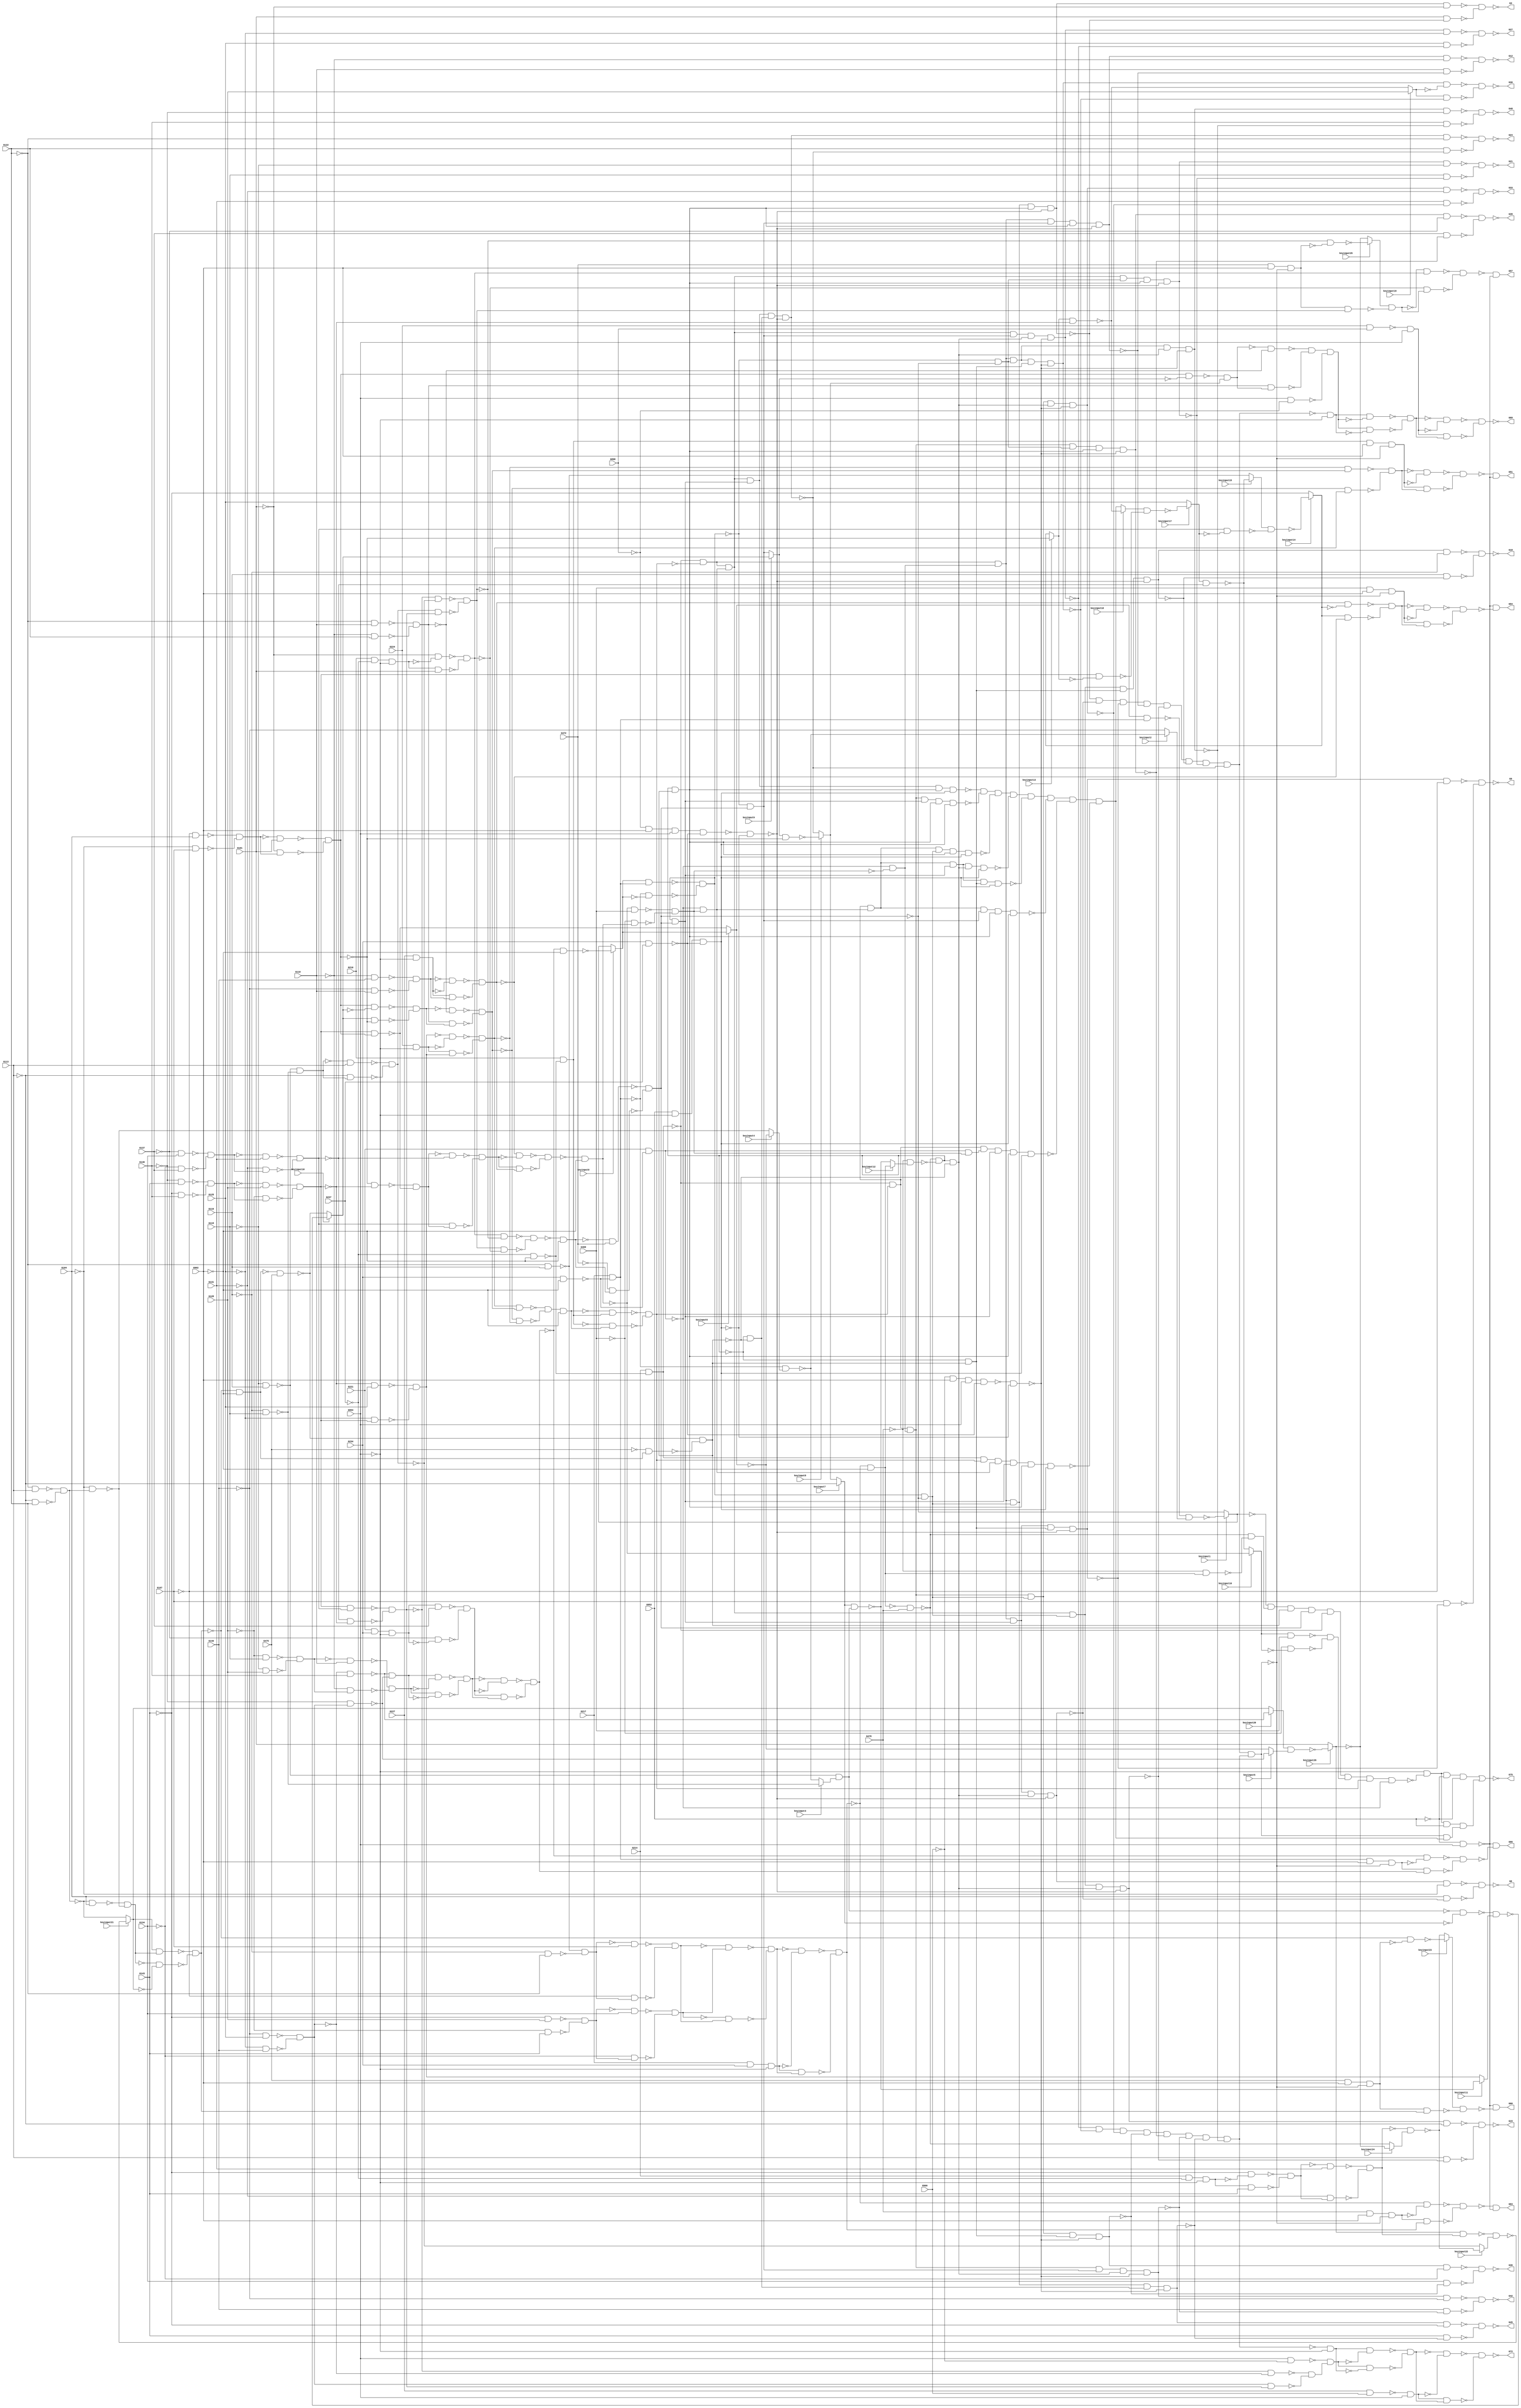

// Verilog File 
module top (G101,G104,G107,G110,G113,G116,G119,G122,G125,
G128,G131,G134,G137,G140,G143,G146,G210,G214,G217,
G221,G224,G227,G234,G237,G469,G472,G475,G478,G898,
G900,G902,G952,G953,G3,G6,G9,G12,G30,G45,
G48,G15,G18,G21,G24,G27,G33,G36,G39,G42,
G75,G51,G54,G60,G63,G66,G69,G72,G57,keyinput0,
keyinput1,keyinput2,keyinput3,keyinput4,keyinput5,keyinput6,keyinput7,keyinput8,keyinput9,keyinput10,
keyinput11,keyinput12,keyinput13,keyinput14,keyinput15,keyinput16,keyinput17,keyinput18,keyinput19,keyinput20,
keyinput21,keyinput22,keyinput23,keyinput24,keyinput25,keyinput26);

input G101,G104,G107,G110,G113,G116,G119,G122,G125,
G128,G131,G134,G137,G140,G143,G146,G210,G214,G217,
G221,G224,G227,G234,G237,G469,G472,G475,G478,G898,
G900,G902,G952,G953,keyinput0,keyinput1,keyinput2,keyinput3,keyinput4,keyinput5,
keyinput6,keyinput7,keyinput8,keyinput9,keyinput10,keyinput11,keyinput12,keyinput13,keyinput14,keyinput15,
keyinput16,keyinput17,keyinput18,keyinput19,keyinput20,keyinput21,keyinput22,keyinput23,keyinput24,keyinput25,
keyinput26;

output G3,G6,G9,G12,G30,G45,G48,G15,G18,
G21,G24,G27,G33,G36,G39,G42,G75,G51,G54,
G60,G63,G66,G69,G72,G57;

wire G149,G153,G156,G160,G165,G168,G171,G175,G179,
G184,G188,G191,G194,G198,G202,G206,G231,G233,G241,
G244,G245,G248,G517,G529,G541,G553,G859,G862,G907,
G909,G911,G918,G919,G922,G926,G930,G932,G934,G938,
G943,G947,G949,G1506,G1514,G1522,G1530,G1538,G1546,G1554,
G1562,G1570,G1578,G1586,G1594,G1602,G1610,G1618,G1626,G1512,
G1520,G1528,G1536,G1544,G1552,G1560,G1568,G1576,G1584,G1592,
G1600,G1608,G1616,G1624,G1632,G50,G52,G56,G58,G62,
G64,G251,G254,G288,G291,G299,G302,G318,G321,G327,
G330,G352,G355,G369,G382,G385,G853,G856,G893,G954,
G955,G1050,G1053,G1176,G1179,G1197,G1207,G1222,G1244,G1278,
G1290,G1300,G1312,G1332,G1335,G1442,G1450,G1458,G1466,G1474,
G1482,G1490,G1498,G1634,G1644,G1657,G1665,G1697,G1705,G1713,
G1721,G1745,G1753,G1785,G1793,G1814,G1817,G1830,G1833,G1841,
G1849,G1854,G1857,G1870,G1873,G1878,G1881,G1642,G1652,G1056,
G1057,G1182,G1183,G1211,G1298,G1320,G1338,G1339,G457,G459,
G482,G487,G492,G505,G1456,G1448,G1472,G1464,G1488,G1480,
G1504,G1496,G956,G967,G978,G979,G980,G1661,G990,G1669,
G1030,G1701,G1040,G1709,G1058,G1717,G1068,G1725,G1078,G1090,
G1100,G1749,G1112,G1757,G1154,G1789,G1166,G1797,G1194,G1201,
G1204,G1820,G1821,G1230,G1836,G1837,G1252,G1256,G1845,G1268,
G1853,G1860,G1861,G1286,G1876,G1877,G1308,G1884,G1885,G1654,
G1662,G1694,G1702,G1710,G1718,G1726,G1734,G1742,G1750,G1782,
G1790,G1838,G1846,G297,G298,G361,G362,G404,G405,G1225,
G1226,G1247,G1248,G1281,G1282,G1303,G1304,G1315,G1316,G998,
G988,G268,G1038,G1048,G1076,G1066,G1098,G1120,G1174,G363,
G1210,G373,G1276,G406,G565,G566,G614,G615,G958,G969,
G1660,G984,G1668,G994,G1700,G1034,G1708,G1044,G1716,G1062,
G1724,G1072,G1732,G1086,G1740,G1748,G1104,G1108,G1756,G1116,
G1788,G1158,G1162,G1796,G1170,G1200,G1203,G1227,G1249,G1844,
G1260,G1264,G1852,G1272,G1283,G1305,G1317,G1410,G1418,G1426,
G1434,G269,G372,G983,G993,G1033,G1043,G1061,G1071,G1103,
G1115,G1157,G1169,G1184,G1202,G1259,G1271,G1322,G374,G396,
G1321,G1424,G1416,G1440,G1432,G985,G995,G1035,G1045,G1063,
G1073,G1105,G1117,G1159,G1171,G1212,G1231,G1232,G1253,G1254,
G1261,G1273,G1287,G1288,G1309,G1310,G1192,G397,G1330,G1000,
G1010,G1233,G1255,G1289,G1311,G1381,G257,G999,G260,G989,
G272,G1039,G294,G1049,G305,G1077,G308,G1067,G333,G1121,
G358,G1175,G1220,G388,G1277,G398,G1109,G1110,G1163,G1164,
G1234,G1265,G1266,G1822,G1862,G1865,G258,G261,G273,G1018,
G1008,G295,G306,G309,G334,G359,G389,G1385,G1111,G1165,
G1267,G1886,G259,G262,G274,G296,G307,G310,G335,G360,
G1242,G390,G1828,G1868,G1869,G1373,G1798,G1825,G265,G314,
G336,G407,G1293,G1294,G1892,G1777,G1889,G410,G1377,G1804,
G1237,G1829,G1295,G1670,G1678,G1729,G1737,G1761,G1769,G340,
G343,G1781,G1238,G1325,G1893,G1340,G1352,G1673,G1681,G1801,
G1897,G1905,G391,G1299,G1676,G1684,G1081,G1733,G1093,G1741,
G1765,G1773,G1239,G1326,G1894,G1902,G392,G1360,G1003,G1677,
G1013,G1685,G1082,G1094,G1122,G1134,G1187,G1805,G1327,G1901,
G1348,G1909,G1758,G1766,G377,G1243,G393,G1004,G1014,G1083,
G1095,G1188,G1900,G1344,G1908,G1356,G1142,G378,G399,G1331,
G1005,G1015,G1764,G1126,G1130,G1772,G1138,G1189,G1343,G1355,
G324,G1099,G379,G400,G449,G1087,G1088,G1125,G1137,G1345,
G1357,G1397,G277,G1019,G280,G1009,G325,G364,G1193,G401,
G1089,G1127,G1139,G278,G281,G326,G365,G413,G1361,G1401,
G445,G1349,G1350,G1389,G1493,G1501,G1689,G279,G282,G346,
G1143,G366,G414,G453,G1131,G1132,G1351,G1365,G1405,G285,
G347,G367,G415,G1393,G556,G1505,G559,G1497,G1693,G1133,
G1477,G1485,G1809,G348,G1369,G1409,G557,G560,G1362,G1378,
G1429,G1437,G1686,G1774,G1910,G1918,G544,G1489,G547,G1481,
G558,G561,G1813,G1370,G1368,G417,G1384,G424,G508,G1441,
G511,G1433,G545,G548,G564,G1692,G1024,G1780,G1148,G1916,
G1924,G416,G1376,G421,G423,G509,G512,G546,G549,G719,
G722,G1023,G1147,G418,G420,G425,G510,G513,G552,G1025,
G1149,G419,G422,G441,G516,G725,G728,G1029,G1153,G433,
G437,G663,G666,G731,G746,G756,G770,G1461,G1469,G1413,
G1421,G1445,G1453,G532,G1473,G535,G1465,G495,G1425,G498,
G1417,G520,G1457,G523,G1449,G533,G536,G496,G499,G521,
G524,G534,G537,G497,G500,G522,G525,G540,G503,G528,
G669,G672,G569,G588,G618,G639,G867,G588a,G588b,G639a,
G639b,G675,G688,G696,G710,G73,G572,G573,G621,G622,
G776,G780,G784,G788,G812,G832,G836,G1509,G1517,G1525,
G1533,G1581,G1621,G1629,G792,G796,G800,G804,G808,G816,
G820,G824,G828,G871,G873,G875,G877,G879,G881,G883,
G885,G1541,G1549,G1557,G1565,G1573,G1589,G1597,G1605,G1613,
G1,G1513,G4,G1521,G7,G1529,G10,G1537,G28,G1585,
G43,G1625,G46,G1633,G886,G2,G5,G8,G11,G13,
G1545,G16,G1553,G19,G1561,G22,G1569,G25,G1577,G29,
G31,G1593,G34,G1601,G37,G1609,G40,G1617,G44,G47,
G857,G860,G863,G865,G14,G17,G20,G23,G26,G32,
G35,G38,G41,G1913,G1921,G887,G462,G74,G1637,G1917,
G1647,G1925,G1020,G1144,G1386,G1394,G1402,G1638,G1648,G1806,
G1639,G1649,G287,G350,G427,G429,G431,G1028,G1152,G1392,
G1400,G1408,G1812,G1216,G286,G349,G426,G428,G430,G67,
G1643,G70,G1653,G1215,G49,G53,G59,G61,G65,G68,
G71,G1217,G375,G1221,G376,G55,muxed0,muxed1,muxed2,muxed3,
muxed4,muxed5,muxed6,muxed7,muxed8,muxed9,muxed10,muxed11,muxed12,muxed13,
muxed14,muxed15,muxed16,muxed17,muxed18,muxed19,muxed20,muxed21,muxed22,muxed23,
muxed24,muxed25,muxed26;
not gate_0(G149,G101);
not gate_1(G153,G104);
not gate_2(G156,G107);
not gate_3(G160,G110);
not gate_4(G165,G113);
not gate_5(G168,G116);
not gate_6(G171,G119);
not gate_7(G175,G122);
not gate_8(G179,G125);
not gate_9(G184,G128);
not gate_10(G188,G131);
not gate_11(G191,G134);
not gate_12(G194,G137);
not gate_13(G198,G140);
not gate_14(G202,G143);
not gate_15(G206,G146);
nand gate_16(G231,G224,G898);
nand gate_17(G233,G227,G900);
not gate_18(G241,G237);
not gate_19(G244,G237);
buf gate_20(G245,G234);
buf gate_21(G248,G234);
not gate_22(G517,G469);
not gate_23(G529,G472);
not gate_24(G541,G475);
not gate_25(G553,G478);
not gate_26(G859,G953);
not gate_27(G862,G953);
not gate_28(G907,G898);
not gate_29(G909,G900);
buf gate_30(G911,G902);
not gate_31(G918,G902);
buf gate_32(G919,G902);
not gate_33(G922,G902);
buf gate_34(G926,G952);
not gate_35(G930,G952);
not gate_36(G932,G952);
buf gate_37(G934,G953);
not gate_38(G938,G953);
buf gate_39(G943,G953);
buf gate_40(G947,G953);
not gate_41(G949,G953);
buf gate_42(G1506,G101);
buf gate_43(G1514,G104);
buf gate_44(G1522,G107);
buf gate_45(G1530,G110);
buf gate_46(G1538,G113);
buf gate_47(G1546,G116);
buf gate_48(G1554,G119);
buf gate_49(G1562,G122);
buf gate_50(G1570,G125);
buf gate_51(G1578,G128);
buf gate_52(G1586,G131);
buf gate_53(G1594,G134);
buf gate_54(G1602,G137);
buf gate_55(G1610,G140);
buf gate_56(G1618,G143);
buf gate_57(G1626,G146);
not gate_58(G1512,G1506);
not gate_59(G1520,G1514);
not gate_60(G1528,G1522);
not gate_61(G1536,G1530);
not gate_62(G1544,G1538);
not gate_63(G1552,G1546);
not gate_64(G1560,G1554);
not gate_65(G1568,G1562);
not gate_66(G1576,G1570);
not gate_67(G1584,muxed19);
not gate_68(G1592,G1586);
not gate_69(G1600,G1594);
not gate_70(G1608,G1602);
not gate_71(G1616,G1610);
not gate_72(G1624,G1618);
not gate_73(G1632,G1626);
nand gate_74(G50,G930,G947);
nand gate_75(G52,G930,G947);
nand gate_76(G56,G930,G947);
nand gate_77(G58,G930,G947);
nand gate_78(G62,G930,G947);
nand gate_79(G64,G930,G947);
buf gate_80(G251,G149);
buf gate_81(G254,G153);
buf gate_82(G288,G165);
buf gate_83(G291,G168);
buf gate_84(G299,G184);
buf gate_85(G302,G202);
and gate_86(G318,G224,G938);
buf gate_87(G321,G179);
buf gate_88(G327,G188);
buf gate_89(G330,G191);
and gate_90(G352,G227,G938);
buf gate_91(G355,G198);
and gate_92(G369,G210,G241,G938);
buf gate_93(G382,G206);
buf gate_94(G385,G198);
nand gate_95(G853,G943,G907);
nand gate_96(G856,G943,G909);
nand gate_97(G893,G248,G237);
nand gate_98(G954,G248,G922);
nand gate_99(G955,G244,G922);
buf gate_100(G1050,G160);
buf gate_101(G1053,G175);
buf gate_102(G1176,G179);
buf gate_103(G1179,G198);
buf gate_104(G1197,G149);
buf gate_105(G1207,G149);
buf gate_106(G1222,G153);
buf gate_107(G1244,G188);
buf gate_108(G1278,G156);
and gate_109(G1290,G217,G245,G938);
buf gate_110(G1300,G191);
buf gate_111(G1312,G160);
buf gate_112(G1332,G194);
and gate_113(G1335,G221,G245,G938);
buf gate_114(G1442,G517);
buf gate_115(G1450,G517);
buf gate_116(G1458,G529);
buf gate_117(G1466,G529);
buf gate_118(G1474,G541);
buf gate_119(G1482,G541);
buf gate_120(G1490,G553);
buf gate_121(G1498,G553);
and gate_122(G1634,G231,G934);
and gate_123(G1644,G233,G934);
buf gate_124(G1657,G156);
buf gate_125(G1665,G156);
buf gate_126(G1697,G171);
buf gate_127(G1705,G171);
buf gate_128(G1713,G206);
buf gate_129(G1721,G206);
buf gate_130(G1745,G194);
buf gate_131(G1753,G194);
buf gate_132(G1785,G160);
buf gate_133(G1793,G160);
buf gate_134(G1814,G165);
buf gate_135(G1817,G175);
and gate_136(G1830,G214,G241,G938);
buf gate_137(G1833,G202);
buf gate_138(G1841,G179);
buf gate_139(G1849,G179);
buf gate_140(G1854,G168);
buf gate_141(G1857,G175);
buf gate_142(G1870,G184);
buf gate_143(G1873,G202);
buf gate_144(G1878,G171);
buf gate_145(G1881,G184);
not gate_146(G1642,G1634);
not gate_147(G1652,G1644);
not gate_148(G1056,G1050);
not gate_149(G1057,G1053);
not gate_150(G1182,G1176);
not gate_151(G1183,G1179);
not gate_152(G1211,G1207);
not gate_153(G1298,G1290);
not gate_154(G1320,G1312);
not gate_155(G1338,G1332);
not gate_156(G1339,G1335);
and gate_157(G457,G210,G955);
and gate_158(G459,G217,G954);
nand gate_159(G482,G214,G955);
nand gate_160(G487,G221,G954);
nand gate_161(G492,G210,G955);
nand gate_162(G505,G217,G954);
not gate_163(G1456,G1450);
not gate_164(G1448,G1442);
not gate_165(G1472,G1466);
not gate_166(G1464,G1458);
not gate_167(G1488,G1482);
not gate_168(G1480,G1474);
not gate_169(G1504,G1498);
not gate_170(G1496,G1490);
nand gate_171(G956,G907,G919,G943,G893);
nand gate_172(G967,G909,G919,G943,G893);
nand gate_173(G978,G926,G949,G893);
and gate_174(G979,G926,G949,G893);
buf gate_175(G980,G251);
not gate_176(G1661,G1657);
buf gate_177(G990,G251);
not gate_178(G1669,G1665);
buf gate_179(G1030,G288);
not gate_180(G1701,G1697);
buf gate_181(G1040,G288);
not gate_182(G1709,G1705);
buf gate_183(G1058,G299);
not gate_184(G1717,G1713);
buf gate_185(G1068,G299);
not gate_186(G1725,G1721);
buf gate_187(G1078,G318);
buf gate_188(G1090,G318);
buf gate_189(G1100,G327);
not gate_190(G1749,G1745);
buf gate_191(G1112,G327);
not gate_192(G1757,G1753);
buf gate_193(G1154,G352);
not gate_194(G1789,G1785);
buf gate_195(G1166,G352);
not gate_196(G1797,G1793);
buf gate_197(G1194,G369);
not gate_198(G1201,G1197);
buf gate_199(G1204,G369);
not gate_200(G1820,G1814);
not gate_201(G1821,G1817);
not gate_202(G1230,G1222);
not gate_203(G1836,G1830);
not gate_204(G1837,G1833);
not gate_205(G1252,G1244);
buf gate_206(G1256,G382);
not gate_207(G1845,G1841);
buf gate_208(G1268,G382);
not gate_209(G1853,G1849);
not gate_210(G1860,G1854);
not gate_211(G1861,G1857);
not gate_212(G1286,G1278);
not gate_213(G1876,G1870);
not gate_214(G1877,G1873);
not gate_215(G1308,G1300);
not gate_216(G1884,G1878);
not gate_217(G1885,G1881);
buf gate_218(G1654,G254);
buf gate_219(G1662,G254);
buf gate_220(G1694,G291);
buf gate_221(G1702,G291);
buf gate_222(G1710,G302);
buf gate_223(G1718,G302);
buf gate_224(G1726,G321);
buf gate_225(G1734,G321);
buf gate_226(G1742,G330);
buf gate_227(G1750,G330);
buf gate_228(G1782,G355);
buf gate_229(G1790,G355);
buf gate_230(G1838,G385);
buf gate_231(G1846,G385);
nand gate_232(G297,G1053,G1056);
nand gate_233(G298,G1050,G1057);
nand gate_234(G361,G1179,G1182);
nand gate_235(G362,G1176,G1183);
nand gate_236(G404,G1335,G1338);
nand gate_237(G405,G1332,G1339);
nand gate_238(G1225,G1817,G1820);
nand gate_239(G1226,G1814,G1821);
nand gate_240(G1247,G1833,G1836);
nand gate_241(G1248,G1830,G1837);
nand gate_242(G1281,G1857,G1860);
nand gate_243(G1282,G1854,G1861);
nand gate_244(G1303,G1873,G1876);
nand gate_245(G1304,G1870,G1877);
nand gate_246(G1315,G1881,G1884);
nand gate_247(G1316,G1878,G1885);
not gate_248(G998,G990);
not gate_249(G988,G980);
nand gate_250(G268,G297,G298);
not gate_251(G1038,muxed7);
not gate_252(G1048,G1040);
not gate_253(G1076,G1068);
not gate_254(G1066,G1058);
not gate_255(G1098,G1090);
not gate_256(G1120,G1112);
not gate_257(G1174,G1166);
nand gate_258(G363,G361,G362);
not gate_259(G1210,G1204);
nand gate_260(G373,G1204,G1211);
not gate_261(G1276,G1268);
nand gate_262(G406,G404,G405);
not gate_263(G565,G482);
buf gate_264(G566,G482);
not gate_265(G614,G487);
buf gate_266(G615,G487);
nand gate_267(G958,G956,G978);
nand gate_268(G969,G967,G978);
not gate_269(G1660,G1654);
nand gate_270(G984,G1654,G1661);
not gate_271(G1668,G1662);
nand gate_272(G994,G1662,G1669);
not gate_273(G1700,G1694);
nand gate_274(G1034,G1694,G1701);
not gate_275(G1708,G1702);
nand gate_276(G1044,G1702,G1709);
not gate_277(G1716,G1710);
nand gate_278(G1062,G1710,G1717);
not gate_279(G1724,G1718);
nand gate_280(G1072,G1718,G1725);
not gate_281(G1732,G1726);
not gate_282(G1086,G1078);
not gate_283(G1740,G1734);
not gate_284(G1748,G1742);
nand gate_285(G1104,G1742,G1749);
not gate_286(G1108,G1100);
not gate_287(G1756,G1750);
nand gate_288(G1116,G1750,G1757);
not gate_289(G1788,G1782);
nand gate_290(G1158,G1782,G1789);
not gate_291(G1162,G1154);
not gate_292(G1796,G1790);
nand gate_293(G1170,G1790,G1797);
not gate_294(G1200,G1194);
nand gate_295(G1203,G1194,G1201);
nand gate_296(G1227,G1225,G1226);
nand gate_297(G1249,G1247,G1248);
not gate_298(G1844,G1838);
nand gate_299(G1260,G1838,G1845);
not gate_300(G1264,G1256);
not gate_301(G1852,G1846);
nand gate_302(G1272,G1846,G1853);
nand gate_303(G1283,G1281,G1282);
nand gate_304(G1305,G1303,G1304);
nand gate_305(G1317,G1315,G1316);
buf gate_306(G1410,G492);
buf gate_307(G1418,G492);
buf gate_308(G1426,G505);
buf gate_309(G1434,G505);
not gate_310(G269,G268);
nand gate_311(G372,G1207,G1210);
nand gate_312(G983,G1657,G1660);
nand gate_313(G993,G1665,G1668);
nand gate_314(G1033,G1697,G1700);
nand gate_315(G1043,G1705,G1708);
nand gate_316(G1061,G1713,G1716);
nand gate_317(G1071,G1721,G1724);
nand gate_318(G1103,G1745,G1748);
nand gate_319(G1115,G1753,G1756);
nand gate_320(G1157,G1785,G1788);
nand gate_321(G1169,G1793,G1796);
not gate_322(G1184,G363);
nand gate_323(G1202,G1197,G1200);
nand gate_324(G1259,G1841,G1844);
nand gate_325(G1271,G1849,G1852);
not gate_326(G1322,G406);
nand gate_327(G374,G372,G373);
nand gate_328(G396,G1317,G1320);
not gate_329(G1321,G1317);
not gate_330(G1424,G1418);
not gate_331(G1416,G1410);
not gate_332(G1440,G1434);
not gate_333(G1432,G1426);
nand gate_334(G985,G983,G984);
nand gate_335(G995,G993,G994);
nand gate_336(G1035,G1033,muxed3);
nand gate_337(G1045,G1043,G1044);
nand gate_338(G1063,G1061,G1062);
nand gate_339(G1073,G1071,G1072);
nand gate_340(G1105,G1103,G1104);
nand gate_341(G1117,G1115,G1116);
nand gate_342(G1159,G1157,G1158);
nand gate_343(G1171,G1169,G1170);
nand gate_344(G1212,G1202,G1203);
not gate_345(G1231,G1227);
nand gate_346(G1232,G1227,G1230);
not gate_347(G1253,G1249);
nand gate_348(G1254,G1249,G1252);
nand gate_349(G1261,G1259,G1260);
nand gate_350(G1273,G1271,G1272);
not gate_351(G1287,G1283);
nand gate_352(G1288,G1283,G1286);
not gate_353(G1309,G1305);
nand gate_354(G1310,G1305,G1308);
not gate_355(G1192,G1184);
nand gate_356(G397,G1312,G1321);
not gate_357(G1330,G1322);
buf gate_358(G1000,G269);
buf gate_359(G1010,G269);
nand gate_360(G1233,G1222,G1231);
nand gate_361(G1255,G1244,G1253);
nand gate_362(G1289,G1278,G1287);
nand gate_363(G1311,G1300,G1309);
not gate_364(G1381,G374);
nand gate_365(G257,G995,G998);
not gate_366(G999,G995);
nand gate_367(G260,G985,G988);
not gate_368(G989,G985);
nand gate_369(G272,G1035,G1038);
not gate_370(G1039,G1035);
nand gate_371(G294,G1045,G1048);
not gate_372(G1049,G1045);
nand gate_373(G305,G1073,G1076);
not gate_374(G1077,G1073);
nand gate_375(G308,G1063,G1066);
not gate_376(G1067,G1063);
nand gate_377(G333,G1117,G1120);
not gate_378(G1121,G1117);
nand gate_379(G358,G1171,G1174);
not gate_380(G1175,G1171);
not gate_381(G1220,G1212);
nand gate_382(G388,G1273,G1276);
not gate_383(G1277,G1273);
nand gate_384(G398,G396,G397);
not gate_385(G1109,G1105);
nand gate_386(G1110,G1105,G1108);
not gate_387(G1163,G1159);
nand gate_388(G1164,G1159,G1162);
nand gate_389(G1234,G1232,G1233);
not gate_390(G1265,G1261);
nand gate_391(G1266,G1261,G1264);
nand gate_392(G1822,G1254,G1255);
nand gate_393(G1862,G1310,G1311);
nand gate_394(G1865,G1288,G1289);
nand gate_395(G258,G990,G999);
nand gate_396(G261,G980,G989);
nand gate_397(G273,muxed7,G1039);
not gate_398(G1018,G1010);
not gate_399(G1008,G1000);
nand gate_400(G295,G1040,G1049);
nand gate_401(G306,G1068,G1077);
nand gate_402(G309,G1058,G1067);
nand gate_403(G334,G1112,G1121);
nand gate_404(G359,G1166,G1175);
nand gate_405(G389,G1268,G1277);
not gate_406(G1385,G1381);
nand gate_407(G1111,G1100,G1109);
nand gate_408(G1165,G1154,G1163);
nand gate_409(G1267,G1256,G1265);
not gate_410(G1886,G398);
nand gate_411(G259,G257,G258);
nand gate_412(G262,G260,G261);
nand gate_413(G274,G272,muxed11);
nand gate_414(G296,G294,G295);
nand gate_415(G307,G305,G306);
nand gate_416(G310,G308,G309);
nand gate_417(G335,G333,G334);
nand gate_418(G360,G358,G359);
not gate_419(G1242,G1234);
nand gate_420(G390,G388,G389);
not gate_421(G1828,G1822);
not gate_422(G1868,G1862);
not gate_423(G1869,G1865);
nand gate_424(G1373,G1164,G1165);
nand gate_425(G1798,G1110,G1111);
nand gate_426(G1825,muxed20,muxed5);
not gate_427(G265,G259);
not gate_428(G314,G307);
not gate_429(G336,G335);
not gate_430(G407,G296);
nand gate_431(G1293,G1865,G1868);
nand gate_432(G1294,G1862,G1869);
not gate_433(G1892,G1886);
not gate_434(G1777,G360);
not gate_435(G1889,G390);
buf gate_436(G410,G310);
not gate_437(G1377,G1373);
not gate_438(G1804,G1798);
nand gate_439(G1237,muxed26,G1828);
not gate_440(G1829,muxed26);
nand gate_441(G1295,G1293,G1294);
buf gate_442(G1670,muxed10);
buf gate_443(G1678,muxed10);
buf gate_444(G1729,G310);
buf gate_445(G1737,G310);
buf gate_446(G1761,G262);
buf gate_447(G1769,G262);
buf gate_448(G340,G336);
buf gate_449(G343,G314);
not gate_450(G1781,G1777);
nand gate_451(G1238,G1822,muxed24);
nand gate_452(G1325,G1889,G1892);
not gate_453(G1893,G1889);
buf gate_454(G1340,G407);
buf gate_455(G1352,G407);
buf gate_456(G1673,G265);
buf gate_457(G1681,G265);
buf gate_458(G1801,G314);
buf gate_459(G1897,G336);
buf gate_460(G1905,G336);
nand gate_461(G391,G1295,G1298);
not gate_462(G1299,G1295);
not gate_463(G1676,G1670);
not gate_464(G1684,muxed9);
nand gate_465(G1081,G1729,G1732);
not gate_466(G1733,G1729);
nand gate_467(G1093,G1737,G1740);
not gate_468(G1741,G1737);
not gate_469(G1765,muxed13);
not gate_470(G1773,G1769);
nand gate_471(G1239,G1237,muxed22);
nand gate_472(G1326,G1886,G1893);
buf gate_473(G1894,G410);
buf gate_474(G1902,G410);
nand gate_475(G392,G1290,G1299);
not gate_476(G1360,G1352);
nand gate_477(G1003,G1673,G1676);
not gate_478(G1677,G1673);
nand gate_479(G1013,G1681,G1684);
not gate_480(G1685,G1681);
nand gate_481(G1082,G1726,G1733);
nand gate_482(G1094,G1734,G1741);
buf gate_483(G1122,G340);
buf gate_484(G1134,G340);
nand gate_485(G1187,G1801,G1804);
not gate_486(G1805,G1801);
nand gate_487(G1327,G1325,G1326);
not gate_488(G1901,G1897);
not gate_489(G1348,G1340);
not gate_490(G1909,G1905);
buf gate_491(G1758,G343);
buf gate_492(G1766,G343);
nand gate_493(G377,muxed21,G1242);
not gate_494(G1243,muxed21);
nand gate_495(G393,G391,G392);
nand gate_496(G1004,G1670,G1677);
nand gate_497(G1014,muxed9,G1685);
nand gate_498(G1083,G1081,G1082);
nand gate_499(G1095,G1093,G1094);
nand gate_500(G1188,G1798,G1805);
not gate_501(G1900,G1894);
nand gate_502(G1344,G1894,G1901);
not gate_503(G1908,G1902);
nand gate_504(G1356,G1902,G1909);
not gate_505(G1142,G1134);
nand gate_506(G378,G1234,G1243);
nand gate_507(G399,G1327,G1330);
not gate_508(G1331,G1327);
nand gate_509(G1005,G1003,G1004);
nand gate_510(G1015,G1013,muxed8);
not gate_511(G1764,G1758);
nand gate_512(G1126,G1758,G1765);
not gate_513(G1130,G1122);
not gate_514(G1772,G1766);
nand gate_515(G1138,G1766,G1773);
nand gate_516(G1189,G1187,G1188);
nand gate_517(G1343,G1897,G1900);
nand gate_518(G1355,G1905,G1908);
nand gate_519(G324,G1095,G1098);
not gate_520(G1099,G1095);
nand gate_521(G379,G377,G378);
nand gate_522(G400,G1322,G1331);
nand gate_523(G449,G393,G918);
not gate_524(G1087,G1083);
nand gate_525(G1088,G1083,G1086);
nand gate_526(G1125,muxed13,G1764);
nand gate_527(G1137,G1769,G1772);
nand gate_528(G1345,G1343,G1344);
nand gate_529(G1357,G1355,G1356);
buf gate_530(G1397,G393);
nand gate_531(G277,G1015,G1018);
not gate_532(G1019,G1015);
nand gate_533(G280,G1005,G1008);
not gate_534(G1009,G1005);
nand gate_535(G325,G1090,G1099);
nand gate_536(G364,G1189,G1192);
not gate_537(G1193,G1189);
nand gate_538(G401,G399,G400);
nand gate_539(G1089,G1078,G1087);
nand gate_540(G1127,muxed18,G1126);
nand gate_541(G1139,G1137,G1138);
nand gate_542(G278,G1010,G1019);
nand gate_543(G281,G1000,G1009);
nand gate_544(G326,G324,G325);
nand gate_545(G365,G1184,G1193);
nand gate_546(G413,G1357,G1360);
not gate_547(G1361,G1357);
not gate_548(G1401,G1397);
nand gate_549(G445,G379,G918);
not gate_550(G1349,G1345);
nand gate_551(G1350,G1345,G1348);
buf gate_552(G1389,G379);
buf gate_553(G1493,G449);
buf gate_554(G1501,G449);
nand gate_555(G1689,G1088,G1089);
nand gate_556(G279,G277,G278);
nand gate_557(G282,G280,G281);
nand gate_558(G346,G1139,G1142);
not gate_559(G1143,G1139);
nand gate_560(G366,G364,G365);
nand gate_561(G414,G1352,G1361);
nand gate_562(G453,G401,G918);
not gate_563(G1131,muxed17);
nand gate_564(G1132,muxed17,G1130);
nand gate_565(G1351,G1340,G1349);
not gate_566(G1365,G326);
buf gate_567(G1405,G401);
not gate_568(G285,G279);
nand gate_569(G347,G1134,G1143);
not gate_570(G367,G366);
nand gate_571(G415,G413,G414);
not gate_572(G1393,G1389);
nand gate_573(G556,G1501,G1504);
not gate_574(G1505,G1501);
nand gate_575(G559,G1493,G1496);
not gate_576(G1497,G1493);
not gate_577(G1693,G1689);
nand gate_578(G1133,G1122,G1131);
buf gate_579(G1477,G445);
buf gate_580(G1485,G445);
nand gate_581(G1809,G1350,G1351);
nand gate_582(G348,G346,G347);
not gate_583(G1369,G1365);
not gate_584(G1409,G1405);
nand gate_585(G557,G1498,G1505);
nand gate_586(G560,G1490,muxed12);
buf gate_587(G1362,G282);
not gate_588(G1378,G415);
buf gate_589(G1429,muxed0);
buf gate_590(G1437,muxed0);
buf gate_591(G1686,G282);
nand gate_592(G1774,muxed15,G1133);
and gate_593(G1910,G285,G853);
and gate_594(G1918,G856,G367);
nand gate_595(G544,G1485,G1488);
not gate_596(G1489,G1485);
nand gate_597(G547,G1477,G1480);
not gate_598(G1481,G1477);
nand gate_599(G558,G556,G557);
nand gate_600(G561,G559,G560);
not gate_601(G1813,G1809);
not gate_602(G1370,G348);
not gate_603(G1368,G1362);
nand gate_604(G417,G1362,G1369);
not gate_605(G1384,G1378);
nand gate_606(G424,G1378,G1385);
nand gate_607(G508,muxed6,G1440);
not gate_608(G1441,muxed6);
nand gate_609(G511,G1429,G1432);
not gate_610(G1433,G1429);
nand gate_611(G545,G1482,G1489);
nand gate_612(G548,G1474,G1481);
not gate_613(G564,G558);
not gate_614(G1692,G1686);
nand gate_615(G1024,G1686,G1693);
not gate_616(G1780,muxed14);
nand gate_617(G1148,muxed14,G1781);
not gate_618(G1916,G1910);
not gate_619(G1924,G1918);
nand gate_620(G416,G1365,G1368);
not gate_621(G1376,G1370);
nand gate_622(G421,G1370,G1377);
nand gate_623(G423,G1381,G1384);
nand gate_624(G509,G1434,muxed4);
nand gate_625(G512,G1426,G1433);
nand gate_626(G546,G544,G545);
nand gate_627(G549,G547,G548);
not gate_628(G719,G561);
buf gate_629(G722,G561);
nand gate_630(G1023,G1689,G1692);
nand gate_631(G1147,G1777,G1780);
nand gate_632(G418,G416,G417);
nand gate_633(G420,G1373,G1376);
nand gate_634(G425,G423,G424);
nand gate_635(G510,G508,muxed2);
nand gate_636(G513,G511,G512);
not gate_637(G552,G546);
nand gate_638(G1025,G1023,G1024);
nand gate_639(G1149,G1147,G1148);
not gate_640(G419,G418);
nand gate_641(G422,G420,G421);
nand gate_642(G441,G425,G918);
not gate_643(G516,muxed1);
not gate_644(G725,G549);
buf gate_645(G728,G549);
not gate_646(G1029,G1025);
not gate_647(G1153,G1149);
nand gate_648(G433,G419,G918);
nand gate_649(G437,G422,G918);
not gate_650(G663,G513);
buf gate_651(G666,G513);
and gate_652(G731,G719,G725);
and gate_653(G746,G722,G725);
and gate_654(G756,G719,G728);
and gate_655(G770,G722,G728);
buf gate_656(G1461,G441);
buf gate_657(G1469,G441);
buf gate_658(G1413,G433);
buf gate_659(G1421,G433);
buf gate_660(G1445,G437);
buf gate_661(G1453,G437);
nand gate_662(G532,G1469,G1472);
not gate_663(G1473,G1469);
nand gate_664(G535,G1461,G1464);
not gate_665(G1465,G1461);
nand gate_666(G495,G1421,G1424);
not gate_667(G1425,G1421);
nand gate_668(G498,G1413,G1416);
not gate_669(G1417,G1413);
nand gate_670(G520,muxed16,G1456);
not gate_671(G1457,muxed16);
nand gate_672(G523,G1445,G1448);
not gate_673(G1449,G1445);
nand gate_674(G533,G1466,G1473);
nand gate_675(G536,G1458,G1465);
nand gate_676(G496,G1418,G1425);
nand gate_677(G499,G1410,G1417);
nand gate_678(G521,G1450,G1457);
nand gate_679(G524,G1442,G1449);
nand gate_680(G534,G532,G533);
nand gate_681(G537,G535,G536);
nand gate_682(G497,G495,G496);
nand gate_683(G500,G498,G499);
nand gate_684(G522,G520,G521);
nand gate_685(G525,G523,G524);
not gate_686(G540,G534);
not gate_687(G503,G497);
not gate_688(G528,G522);
not gate_689(G669,G537);
buf gate_690(G672,G537);
not gate_691(G569,G500);
and gate_692(G588,G566,G500);
not gate_693(G618,G525);
and gate_694(G639,G615,G525);
nand gate_695(G867,G516,G564,G552,G540,G482,G528,G503,G487);
buf gate_696(G588a,G588);
buf gate_697(G588b,G588);
buf gate_698(G639a,G639);
buf gate_699(G639b,G639);
and gate_700(G675,G663,G669);
and gate_701(G688,G666,G669);
and gate_702(G696,G663,G672);
and gate_703(G710,G666,G672);
and gate_704(G73,G949,G867,G932,G932);
and gate_705(G572,G565,G569);
and gate_706(G573,G566,G569);
and gate_707(G621,G614,G618);
and gate_708(G622,G615,G618);
nand gate_709(G776,G588a,G639a,G696,G731,G958);
nand gate_710(G780,G588a,G639a,G675,G756,G958);
nand gate_711(G784,G588a,G639a,G675,G746,G958);
nand gate_712(G788,G588a,G639a,G688,G731,G958);
nand gate_713(G812,G588b,G639a,G710,G746,G969);
nand gate_714(G832,G588b,G639b,G696,G770,G969);
nand gate_715(G836,G588b,G639b,G710,G756,G969);
and gate_716(G1509,G588a,G639a,G696,G731,G958);
and gate_717(G1517,G588a,G639a,G675,G756,G958);
and gate_718(G1525,G588a,G639a,G675,G746,G958);
and gate_719(G1533,G588a,G639a,G688,G731,G958);
and gate_720(G1581,G588b,G639a,G710,G746,G969);
and gate_721(G1621,G588b,G639b,G696,G770,G969);
and gate_722(G1629,G588b,G639b,G710,G756,G969);
nand gate_723(G792,G588a,G622,G696,G756,G958);
nand gate_724(G796,G588b,G622,G696,G746,G958);
nand gate_725(G800,G588b,G622,G710,G731,G958);
nand gate_726(G804,G588b,G622,G675,G770,G958);
nand gate_727(G808,G588b,G622,G688,G756,G969);
nand gate_728(G816,G573,G639b,G696,G756,G969);
nand gate_729(G820,G573,G639b,G696,G746,G969);
nand gate_730(G824,G573,G639b,G710,G731,G969);
nand gate_731(G828,G573,G639b,G688,G756,G969);
nand gate_732(G871,G588b,G622,G675,G731,G979);
nand gate_733(G873,G573,G639b,G675,G731,G979);
nand gate_734(G875,G573,G622,G696,G731,G979);
nand gate_735(G877,G573,G622,G675,G756,G979);
nand gate_736(G879,G573,G622,G675,G746,G979);
nand gate_737(G881,G573,G622,G688,G731,G979);
nand gate_738(G883,G573,G621,G675,G731,G979);
nand gate_739(G885,G572,G622,G675,G731,G979);
and gate_740(G1541,G588a,G622,G696,G756,G958);
and gate_741(G1549,G588b,G622,G696,G746,G958);
and gate_742(G1557,G588b,G622,G710,G731,G958);
and gate_743(G1565,G588b,G622,G675,G770,G958);
and gate_744(G1573,G588b,G622,G688,G756,G969);
and gate_745(G1589,G573,G639b,G696,G756,G969);
and gate_746(G1597,G573,G639b,G696,G746,G969);
and gate_747(G1605,G573,G639b,G710,G731,G969);
and gate_748(G1613,G573,G639b,G688,G756,G969);
nand gate_749(G1,G1509,G1512);
not gate_750(G1513,G1509);
nand gate_751(G4,G1517,G1520);
not gate_752(G1521,G1517);
nand gate_753(G7,G1525,G1528);
not gate_754(G1529,G1525);
nand gate_755(G10,G1533,G1536);
not gate_756(G1537,G1533);
nand gate_757(G28,G1581,G1584);
not gate_758(G1585,G1581);
nand gate_759(G43,G1621,G1624);
not gate_760(G1625,G1621);
nand gate_761(G46,G1629,G1632);
not gate_762(G1633,G1629);
and gate_763(G886,G871,G873,G875,G877,G879,G881,G883,G885);
nand gate_764(G2,G1506,G1513);
nand gate_765(G5,G1514,G1521);
nand gate_766(G8,G1522,G1529);
nand gate_767(G11,G1530,G1537);
nand gate_768(G13,G1541,G1544);
not gate_769(G1545,G1541);
nand gate_770(G16,G1549,G1552);
not gate_771(G1553,G1549);
nand gate_772(G19,G1557,G1560);
not gate_773(G1561,G1557);
nand gate_774(G22,G1565,G1568);
not gate_775(G1569,G1565);
nand gate_776(G25,G1573,G1576);
not gate_777(G1577,G1573);
nand gate_778(G29,muxed19,G1585);
nand gate_779(G31,G1589,G1592);
not gate_780(G1593,G1589);
nand gate_781(G34,G1597,G1600);
not gate_782(G1601,G1597);
nand gate_783(G37,G1605,G1608);
not gate_784(G1609,G1605);
nand gate_785(G40,G1613,G1616);
not gate_786(G1617,G1613);
nand gate_787(G44,G1618,G1625);
nand gate_788(G47,G1626,G1633);
nand gate_789(G857,G776,G780,G784,G788,G792,G796,G800,G804);
nand gate_790(G860,G808,G812,G816,G820,G824,G828,G832,G836);
and gate_791(G863,G776,G780,G784,G788,G792,G796,G800,G804);
and gate_792(G865,G808,G812,G816,G820,G824,G828,G832,G836);
nand gate_793(G3,G1,G2);
nand gate_794(G6,G4,G5);
nand gate_795(G9,G7,G8);
nand gate_796(G12,G10,G11);
nand gate_797(G14,G1538,G1545);
nand gate_798(G17,G1546,G1553);
nand gate_799(G20,G1554,G1561);
nand gate_800(G23,G1562,G1569);
nand gate_801(G26,G1570,G1577);
nand gate_802(G30,G28,G29);
nand gate_803(G32,G1586,G1593);
nand gate_804(G35,G1594,G1601);
nand gate_805(G38,G1602,G1609);
nand gate_806(G41,G1610,G1617);
nand gate_807(G45,G43,G44);
nand gate_808(G48,G46,G47);
and gate_809(G1913,G857,G859);
and gate_810(G1921,G860,G862);
nand gate_811(G15,G13,G14);
nand gate_812(G18,G16,G17);
nand gate_813(G21,G19,G20);
nand gate_814(G24,G22,G23);
nand gate_815(G27,G25,G26);
nand gate_816(G33,G31,G32);
nand gate_817(G36,G34,G35);
nand gate_818(G39,G37,G38);
nand gate_819(G42,G40,G41);
and gate_820(G887,G863,G865,G886);
nand gate_821(G462,G863,G865);
and gate_822(G74,G949,G867,G952,G887);
nand gate_823(G1637,G1913,G1916);
not gate_824(G1917,G1913);
nand gate_825(G1647,G1921,G1924);
not gate_826(G1925,G1921);
nor gate_827(G75,G73,G74);
and gate_828(G1020,G457,G911,G462);
and gate_829(G1144,G469,G911,G462);
and gate_830(G1386,G475,G911,G462);
and gate_831(G1394,G478,G911,G462);
and gate_832(G1402,G459,G911,G462);
nand gate_833(G1638,G1910,G1917);
nand gate_834(G1648,G1918,G1925);
and gate_835(G1806,G472,G911,G462);
nand gate_836(G1639,G1637,G1638);
nand gate_837(G1649,G1647,G1648);
nand gate_838(G287,G1020,G1029);
nand gate_839(G350,G1144,G1153);
nand gate_840(G427,G1386,G1393);
nand gate_841(G429,G1394,G1401);
nand gate_842(G431,G1402,G1409);
not gate_843(G1028,G1020);
not gate_844(G1152,G1144);
not gate_845(G1392,G1386);
not gate_846(G1400,G1394);
not gate_847(G1408,G1402);
not gate_848(G1812,G1806);
nand gate_849(G1216,G1806,G1813);
nand gate_850(G286,G1025,G1028);
nand gate_851(G349,G1149,G1152);
nand gate_852(G426,G1389,G1392);
nand gate_853(G428,G1397,G1400);
nand gate_854(G430,G1405,G1408);
nand gate_855(G67,G1639,G1642);
not gate_856(G1643,G1639);
nand gate_857(G70,G1649,G1652);
not gate_858(G1653,G1649);
nand gate_859(G1215,G1809,G1812);
nand gate_860(G49,G286,G287);
nand gate_861(G53,G349,G350);
nand gate_862(G59,muxed23,G427);
nand gate_863(G61,G428,G429);
nand gate_864(G65,G430,G431);
nand gate_865(G68,G1634,G1643);
nand gate_866(G71,G1644,G1653);
nand gate_867(G1217,muxed25,G1216);
and gate_868(G51,G49,G50);
and gate_869(G54,G52,G53);
and gate_870(G60,G58,G59);
and gate_871(G63,G61,G62);
and gate_872(G66,G64,G65);
nand gate_873(G69,G67,G68);
nand gate_874(G72,G70,G71);
nand gate_875(G375,G1217,G1220);
not gate_876(G1221,G1217);
nand gate_877(G376,G1212,G1221);
nand gate_878(G55,G375,G376);
and gate_879(G57,G55,G56);
assign muxed0 = keyinput0 ? G453 : muxed1;
assign muxed1 = keyinput1 ? G510 : G672;
assign muxed2 = keyinput2 ? G509 : G1616;
assign muxed3 = keyinput3 ? G1034 : G509;
assign muxed4 = keyinput4 ? G1441 : G1233;
assign muxed5 = keyinput5 ? G1267 : G1441;
assign muxed6 = keyinput6 ? G1437 : G1138;
assign muxed7 = keyinput7 ? G1030 : muxed8;
assign muxed8 = keyinput8 ? G1014 : G804;
assign muxed9 = keyinput9 ? G1678 : G688;
assign muxed10 = keyinput10 ? G274 : G544;
assign muxed11 = keyinput11 ? G273 : G1087;
assign muxed12 = keyinput12 ? G1497 : G273;
assign muxed13 = keyinput13 ? G1761 : muxed14;
assign muxed14 = keyinput14 ? G1774 : G302;
assign muxed15 = keyinput15 ? G1132 : G1281;
assign muxed16 = keyinput16 ? G1453 : G1132;
assign muxed17 = keyinput17 ? G1127 : G1182;
assign muxed18 = keyinput18 ? G1125 : G886;
assign muxed19 = keyinput19 ? G1578 : G1125;
assign muxed20 = keyinput20 ? G1266 : muxed21;
assign muxed21 = keyinput21 ? G1239 : G1227;
assign muxed22 = keyinput22 ? G1238 : G1360;
assign muxed23 = keyinput23 ? G426 : G1238;
assign muxed24 = keyinput24 ? G1829 : G556;
assign muxed25 = keyinput25 ? G1215 : G1829;
assign muxed26 = keyinput26 ? G1825 : G988;
endmodule